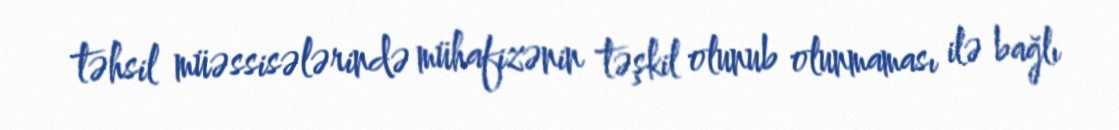
təhsil müəssisələrində mühafizənin təşkil olunub olunmaması ilə bağlı